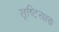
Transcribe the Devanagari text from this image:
सृष्टिरक्षक